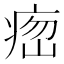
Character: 𤶵